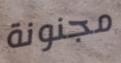
مجنونة